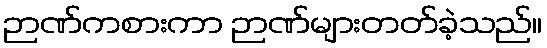
ဉာဏ်ကစားကာ ဉာဏ်များတတ်ခဲ့သည်။